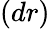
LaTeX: (dr)